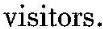
visitors